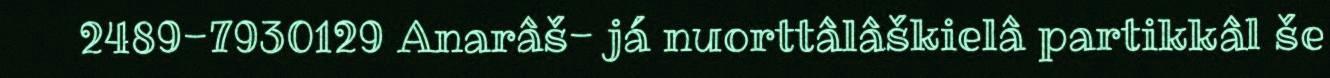
2489-7930129 Anarâš- já nuorttâlâškielâ partikkâl še